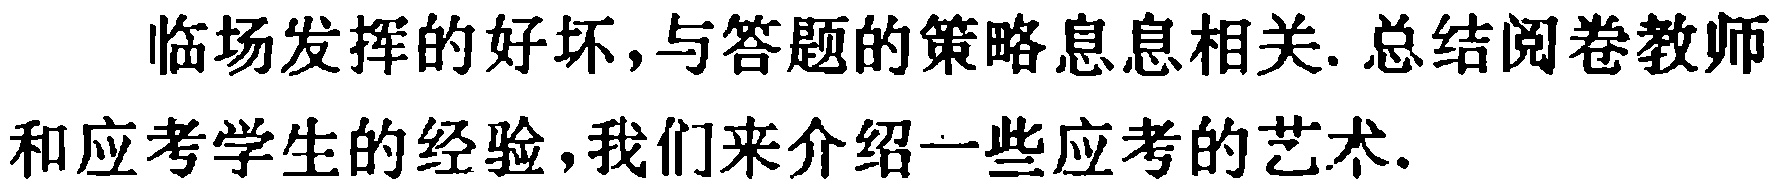
临场发挥的好坏,与答题的策略息息相关. 总结阅卷教师和应考学生的经验,我们来介绍一些应考的艺术.